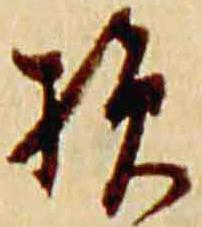
損